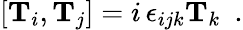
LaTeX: [\mathbf{T}_{i},\mathbf{T}_{j}]=i\, \epsilon_{ijk}\mathbf{T}_{k}~~.